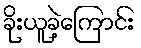
ခိုးယူခဲ့ကြောင်း